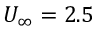
U _ { \infty } = 2 . 5